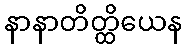
နာနာတိတ္ထိယေန